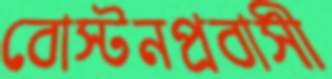
বোস্টনপ্রবাসী